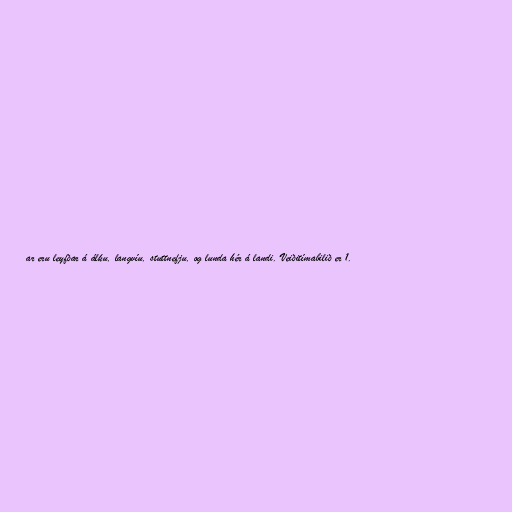
ar eru leyfðar á álku, langvíu, stuttnefju, og lunda hér á landi. Veiðitímabilið er 1.